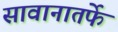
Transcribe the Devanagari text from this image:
सावानातर्फे